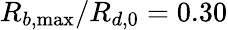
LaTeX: R_{b,\operatorname*{max}}/R_{d,0}=0.30